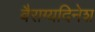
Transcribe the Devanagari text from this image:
वैराग्यदिनेश